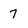
Character: 7